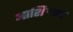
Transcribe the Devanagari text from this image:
आशिर्‍वाद